Burma Government Medical School reports 1923-41
Year: 1923
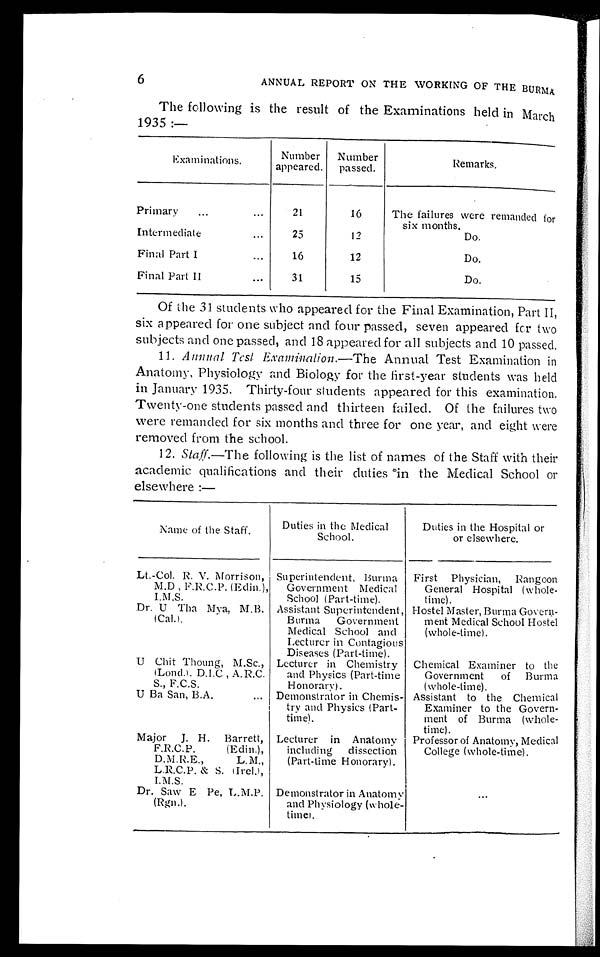
6
ANNUAL REPORT ON THE WORKING OF THE BURMA
The following is the result of the Examinations held in March
1935 :—
Examinations.
Number
appeared.
Number
passed.
Remarks.
Primary
...
...
21
16
The failures were remanded for
six months.
Intermediate
...
25
12
Do.
Final Part I
16
12
Do.
Final Part II
...
31
15
Do.
Of the 31 students who appeared for the Final Examination, Part II,
six appeared for one subject and four passed, seven appeared for two
subjects and one passed, and 18 appeared for all subjects and 10 passed.
11. Annual Test Examination.— The Annual Test Examination in
Anatomy, Physiology and Biology for the first-year students was held
in January 1935. Thirty-four students appeared for this examination.
Twenty-one students passed and thirteen failed. Of the failures two
were remanded for six months and three for one year, and eight were
removed from the school.
12. Staff.—The following is the list of names of the Staff with their
academic qualifications and their duties in the Medical School or
elsewhere :—
Name of the Staff.
Duties in the Medical
School.
Duties in the Hospital or
or elsewhere.
Lt.-Col. R. V. Morrison,
M.D , F.R.C.P. (Edin.),
I.M.S.
Superintendent, Burma
Government Medical
School (Part-time).
First
Physician,
Rangoon
General Hospital (whole-
time).
Dr. U Tha Mya, M.B.
(Cal.).
Assistant Superintendent,
Burma
Government
Medical School and
Lecturer in Contagious
Diseases (Part-time).
Hostel Master, Burma Govern-
ment Medical School Hostel
(whole-time).
U Chit Thoung, M.Sc.,
(Lond.). D.I.C , A.R.C.
S., F.C.S.
Lecturer in Chemistry
and Physics (Part-time
Honorary).
Chemical Examiner to the
Government
of
Burma
(whole-time).
U Ba San, B.A.
...
Demonstrator in Chemis-
try and Physics (Part-
time).
Assistant to the Chemical
Examiner to the Govern-
ment of Burma (whole-
time).
Major
J. H.
Barrett,
F.R.C.P.
(Edin.),
D.M.R.E.,
L.M.,
L.R.C.P. & S. (Irel.),
I.M.S.
Lecturer in Anatomy
including
dissection
(Part-time Honorary).
Professor of Anatomy, Medical
College (whole-time).
Dr. Saw E Pe, L.M.P.
(Rgn.).
Demonstrator in Anatomy
and Physiology (whole-
time).
. . .